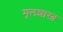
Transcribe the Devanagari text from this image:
मूलशास्त्र